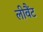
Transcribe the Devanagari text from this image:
लीवैंट